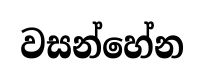
වසන්හේන